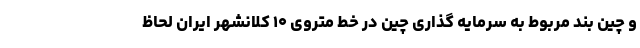
و چین بند مربوط به سرمایه گذاری چین در خط متروی ۱۰ کلانشهر ایران لحاظ